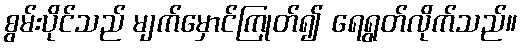
စွမ်းပိုင်သည် မျက်မှောင်ကြုတ်၍ ရေရွတ်လိုက်သည်။